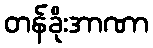
တန်ခိုးအာဏာ